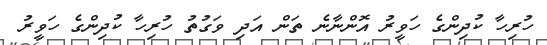
ހުރިހާ ކުދިންގެ ހަވީރު އޮންނާނެ ތަން އަދި ވަގުތު ހުރިހާ ކުދިންގެ ހަވީރު